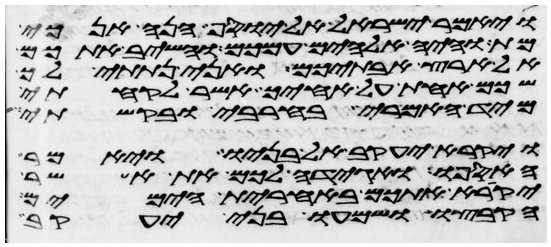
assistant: ויאמר ישראל אל יוסף הנה אנכי
מת והיה אלהים עמכם והשיב אתכם
אל ארץ אבתיכם ואני נתתי לך
שכם אחת על אחיך אשר לקחתי
מיד האמרי בחרבי ובקשתי
ויקרא יעקב אל בניו ויאמר
האספו ואגידה לכם את אשר
יקרא אתכם באחרית הימים
הקבצו ושמעו בני יעקב